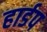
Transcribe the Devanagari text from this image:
हार्डप